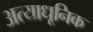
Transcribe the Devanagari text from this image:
अत्याधूनिक